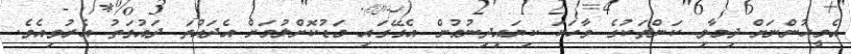
އެމީހުންނަށް ދިމާވި ކަންތަކުގެ ވާހަކަ ކިޔައިދިނުމުން އެގޭގައި މަޑުކޮށްލުމަށް އެދައްތަ ދައުވަތު އެރުވިއެވެ.